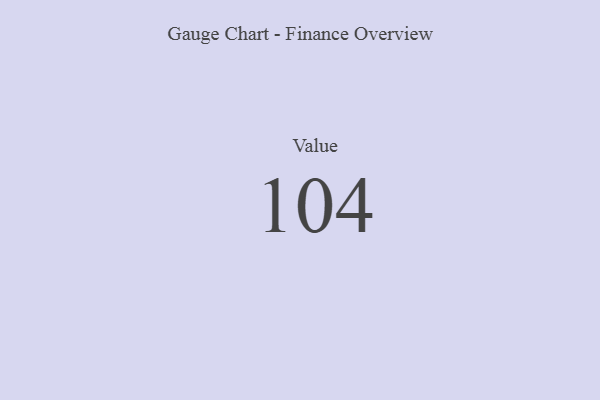
{"axis": {"x": "Metric", "y": "Value"}, "legend": [""], "data": [{"x": "Value", "y": 104, "type": ""}]}